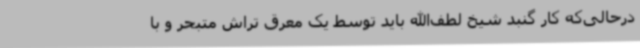
درحالی‌که کار گنبد شیخ لطف‌الله باید توسط یک معرق تراش متبحر و با